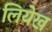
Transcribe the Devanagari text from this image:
लियेख